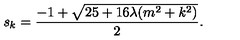
s _ { k } = \frac { - 1 + \sqrt { 2 5 + 1 6 \lambda ( m ^ { 2 } + k ^ { 2 } ) } } { 2 } .